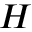
H